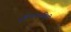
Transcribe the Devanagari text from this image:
प्रतिभाशालिनी